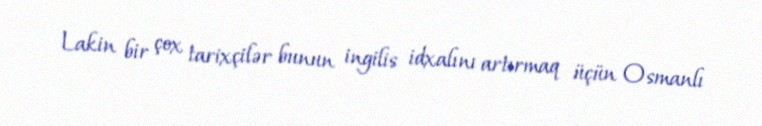
Lakin bir çox tarixçilər bunun ingilis idxalını artırmaq üçün Osmanlı